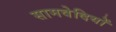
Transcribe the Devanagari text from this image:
सामवेदियों